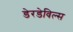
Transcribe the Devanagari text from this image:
डेरडेविल्स